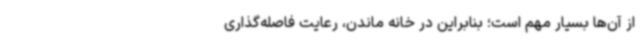
از آن‌ها بسیار مهم است؛ بنابراین در خانه ماندن، رعایت فاصله‌گذاری